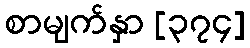
စာမျက်နှာ [၃၇၄]